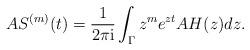
LaTeX: \begin{align*} AS^{(m)}(t)=\frac{1}{2\pi\mathrm{i}}\int_\Gamma z^m e^{z t} AH(z) dz.\end{align*}